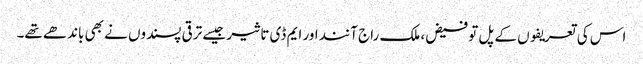
اس کی تعریفوں کے پل تو فیض، ملک راج آنند اور ایم ڈی تاثیر جیسے ترقی پسندوں نے بھی باندھے تھے۔